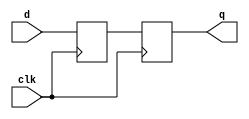
module sm_debouncer
#(
    parameter SIZE = 1
)
(
    input                      clk,
    input      [ SIZE - 1 : 0] d,
    output reg [ SIZE - 1 : 0] q
);
    reg        [ SIZE - 1 : 0] data;
    always @ (posedge clk) begin
        data <= d;
        q    <= data;
    end
endmodule